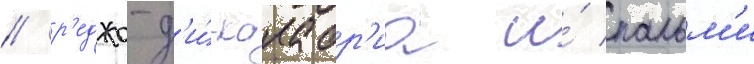
/ р'еджо-д'и́-калабр'иа и́ пальм'и